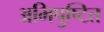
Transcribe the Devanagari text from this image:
अभिपुष्टित